Leprosy in India: report of the Leprosy Commission in India, 1890-91
Year: 1890
Disease focus: Leprosy
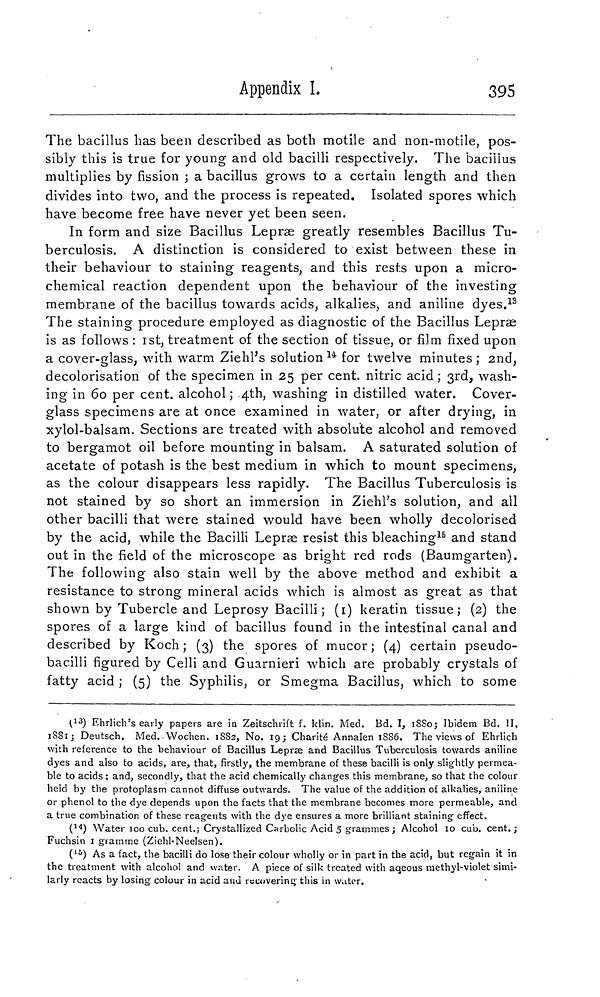
Appendix I.
395
The bacillus has been described as both motile and non-motile, pos-
sibly this is true for young and old bacilli respectively. The bacilius
multiplies by fission ; a bacillus grows to a certain length and then
divides into two, and the process is repeated. Isolated spores which
have become free have never yet been seen.
In form and size Bacillus Lepræ greatly resembles Bacillus Tu-
berculosis. A distinction is considered to exist between these in
their behaviour to staining reagents, and this rests upon a micro-
chemical reaction dependent upon the behaviour of the investing
membrane of the bacillus towards acids, alkalies, and aniline dyes. 18
The staining procedure employed as diagnostic of the Bacillus Lepræ
is as follows : 1st, treatment of the section of tissue, or film fixed upon
a cover-glass, with warm Ziehl's solution 14 for twelve minutes ; 2nd,
decolorisation of the specimen in 25 per cent. nitric acid ; 3rd, wash-
ing in 60 per cent. alcohol ; 4th, washing in distilled water. Cover-
glass specimens are at once examined in water, or after drying, in
xylol-balsam. Sections are treated with absolute alcohol and removed
to bergamot oil before mounting in balsam. A saturated solution of
acetate of potash is the best medium in which to mount specimens,
as the colour disappears less rapidly. The Bacillus Tuberculosis is
not stained by so short an immersion in Ziehl's solution, and all
other bacilli that were stained would have been wholly decolorised
by the acid, while the Bacilli Lepras resist this bleaching 16 and stand
out in the field of the microscope as bright red rods (Baumgarten).
The following also stain well by the above method and exhibit a
resistance to strong mineral acids which is almost as great as that
shown by Tubercle and Leprosy Bacilli; (1) keratin tissue; (2) the
spores of a large kind of bacillus found in the intestinal canal and
described by Koch; (3) the spores of mucor; (4) certain pseudo-
bacilli figured by Celli and Guarnieri which are probably crystals of
fatty acid ; (5) the Syphilis, or Smegma Bacillus, which to some
( 13 ) Ehrlich's early papers are in Zeitschrift f. klin. Med. Bd. I, 1880; Ibidem Bd. II,
1881; Deutsch. Med. Wochen. 1882, No. 19; Charité Annalen 1SS6. The views of Ehrlich
with reference to the behaviour of Bacillus Lepras and Bacillus Tuberculosis towards aniline
dyes and also to acids, are, that, firstly, the membrane of these bacilli is only slightly permea-
ble to acids; and, secondly, that the acid chemically changes this membrane, so that the colour
held by the protoplasm cannot diffuse outwards. The value of the addition of alkalies, aniline
or phenol to the dye depends upon the facts that the membrane becomes more permeable, and
a true combination of these reagents with the dye ensures a more brilliant staining effect.
( 14 ) Water 100 cub. cent.; Crystallized Carbolic Acid 5 grammes; Alcohol 10 cub. cent.;
Fuchsin 1 gramme (Zichl-Neelsen).
( 15 ) As a fact, the bacilli do lose their colour wholly or in part in the acid, but regain it in
the treatment with alcohol and water. A piece of silk treated with aqeous methyl-violet simi-
larly reacts by losing colour in acid and recovering this in watter.